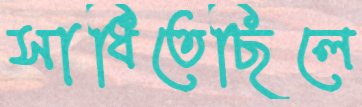
সাধিতেছিলে